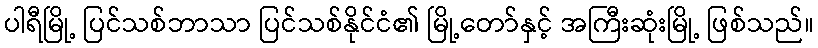
ပါရီမြို့ ပြင်သစ်ဘာသာ ပြင်သစ်နိုင်ငံ၏ မြို့တော်နှင့် အကြီးဆုံးမြို့ ဖြစ်သည်။